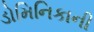
ડોમિનિકાની